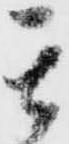
其